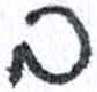
אות: ב